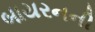
બાયરનની